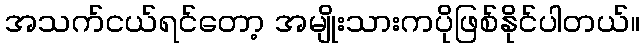
အသက်ငယ်ရင်တော့ အမျိုးသားကပိုဖြစ်နိုင်ပါတယ်။